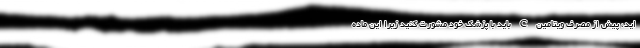
اید، پیش از مصرف ویتامین C باید با پزشک خود مشورت کنید زیرا این ماده